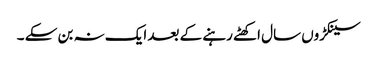
سینکڑوں سال اکھٹے رہنے کے بعد ایک نہ بن سکے ۔